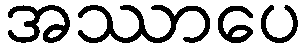
အဿာပေ